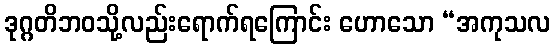
ဒုဂ္ဂတိဘဝသို့လည်းရောက်ရကြောင်း ဟောသော “အကုသလ